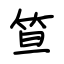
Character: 笪